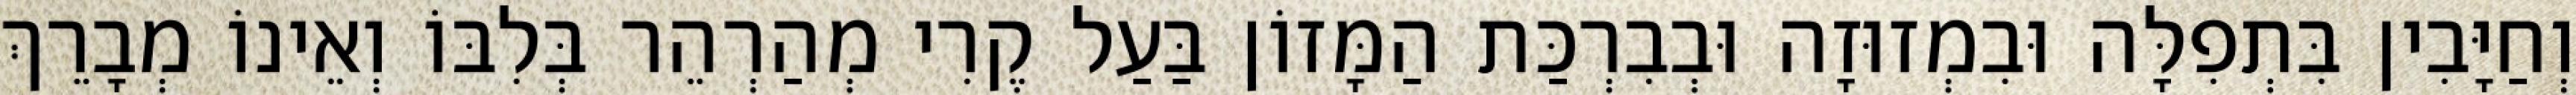
וְחַיָּבִין בִּתְפִלָּה וּבִמְזוּזָה וּבְבִרְכַּת הַמָּזוֹן בַּעַל קֶרִי מְהַרְהֵר בְּלִבּוֹ וְאֵינוֹ מְבָרֵךְ